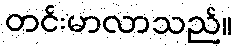
တင်းမာလာသည်။